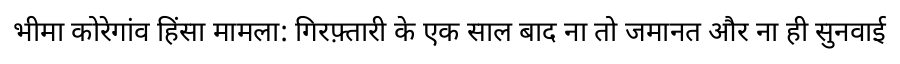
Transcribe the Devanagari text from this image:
भीमा कोरेगांव हिंसा मामला: गिरफ़्तारी के एक साल बाद ना तो जमानत और ना ही सुनवाई